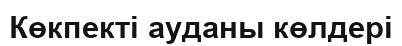
Көкпекті ауданы көлдері